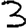
Digit: 3